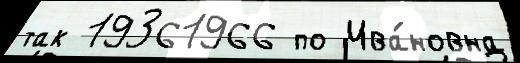
так 19361966 по Ива́новна